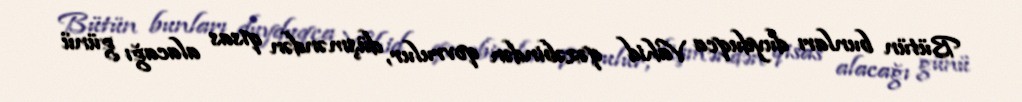
Bütün bunları duyduqca Vahid qəzəbindən qovrulur, düşməndən qisas alacağı günü